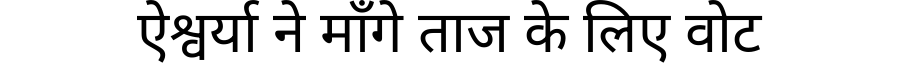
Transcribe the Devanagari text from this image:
ऐश्वर्या ने माँगे ताज के लिए वोट